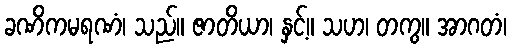
ခဏိကမရဏံ၊ သည်။ ဇာတိယာ၊ နှင့်။ သဟ၊ တကွ။ အာဂတံ၊